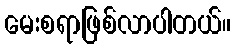
မေးစရာဖြစ်လာပါတယ်။